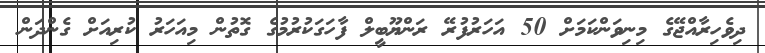
ދިވެހިރާއްޖޭގެ މިނިވަންކަމަށް 50 އަހަރުފުރޭ ރަންޔޫބީލް ފާހަގަކުރުމުގެ ގޮތުން މިއަހަރު ކުރިއަށް ގެންދަން